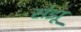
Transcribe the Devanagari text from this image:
संझू